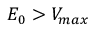
E _ { 0 } > V _ { m a x }